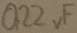
Text: 0,22µF